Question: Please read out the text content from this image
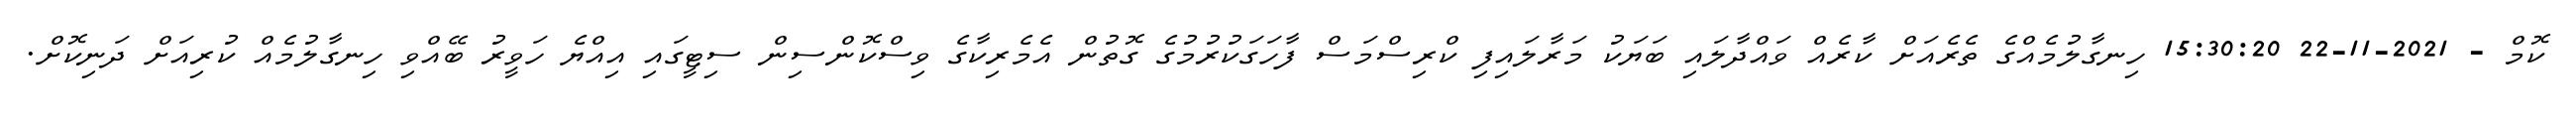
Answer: ކޮމް - 2021-11-22 15:30:20 ހިނގާލުމެއްގެ ތެރެއަށް ކާރެއް ވައްދާލައި ބަޔަކު މަރާލައިފި ކްރިސްމަސް ފާހަގަކުރުމުގެ ގޮތުން އެމެރިކާގެ ވިސްކޮންސިން ސިޓީގައި އިއްޔެ ހަވީރު ބޭއްވި ހިނގާލުމެއް ކުރިއަށް ދަނިކޮށް.